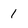
Character: 1